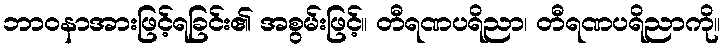
ဘာဝနာအားဖြင့်ရခြင်း၏ အစွမ်းဖြင့်။ တီရဏပရိညာ၊ တီရဏပရိညာကို။